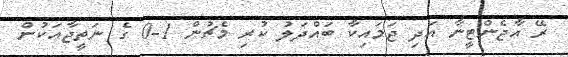
ރޭ އާޖެންޓީނާ އަދި ޖަމައިކާ ބައްދަލު ކުރި މެޗުން 1-0 ގެ ނަތީޖާއަކުން